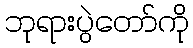
ဘုရားပွဲတော်ကို